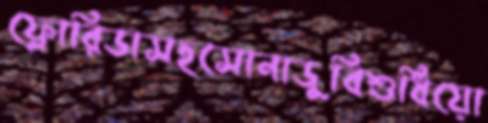
ফ্লোরিডাসহসোনাডুবিশুধিয়ো